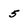
Character: 5